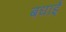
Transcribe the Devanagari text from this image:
बधाईं